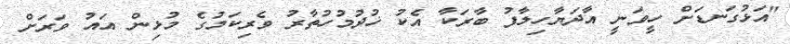
"އަޅުގަނޑަށް ހީވަނީ އާދަޔާހިލާފު ބާރަކާ އެކު ޚުދުމުހުތާރު ވެރިކަމުގެ މުޅިން އައު ވަރަށް